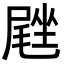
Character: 𪨙